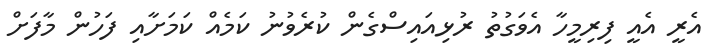
އެރީ އެއީ ފިރިމީހާ އެވަގުތު ރުޅިއައިސްގެން ކުރެވުނު ކަމެއް ކަމަށާއި ފަހުން މާފަށް